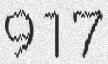
917